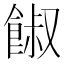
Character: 𩜂